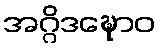
အဂ္ဂိဒဍ္ဎောဝ